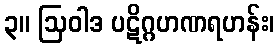
၃။ ဩဝါဒ ပဋိဂ္ဂဟဏရဟန်း၊